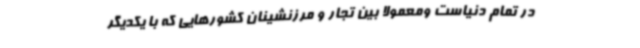
در تمام دنیاست ومعمولا بین تجار و مرزنشینان کشورهایی که با یکدیگر